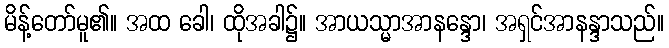
မိန့်တော်မူ၏။ အထ ခေါ၊ ထိုအခါ၌။ အာယသ္မာအာနန္ဒော၊ အရှင်အာနန္ဒာသည်။